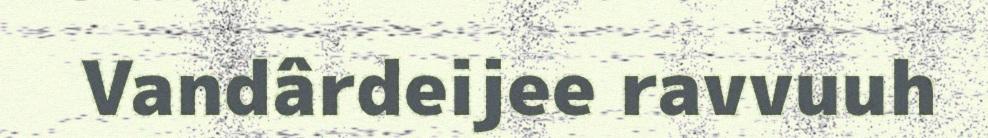
Vandârdeijee ravvuuh